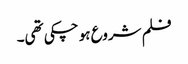
فلم شروع ہو چکی تھی۔